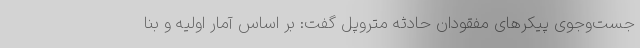
جست‌وجوی پیکرهای مفقودان حادثه متروپل گفت: بر اساس آمار اولیه و بنا